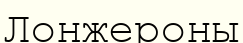
Лонжероны